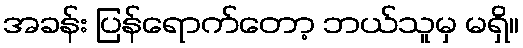
အခန်း ပြန်ရောက်တော့ ဘယ်သူမှ မရှိ။